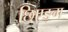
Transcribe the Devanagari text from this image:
छिएङ्ग